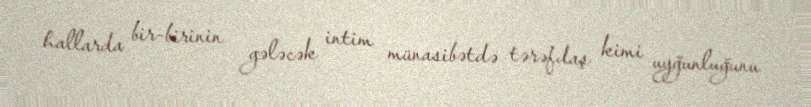
hallarda bir-birinin gələcək intim münasibətdə tərəfdaş kimi uyğunluğunu